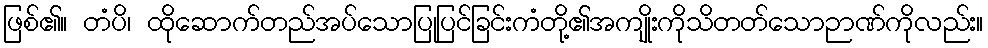
ဖြစ်၏။ တံပိ၊ ထိုဆောက်တည်အပ်သောပြုပြင်ခြင်းကံတို့၏အကျိုးကိုသိတတ်သောဉာဏ်ကိုလည်း။